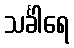
သင်္ခါရေ